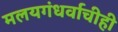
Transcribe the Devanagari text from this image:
मलयगंधर्वाचीही